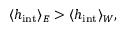
\langle h _ { \mathrm { i n t } } \rangle _ { E } > \langle h _ { \mathrm { i n t } } \rangle _ { W } ,